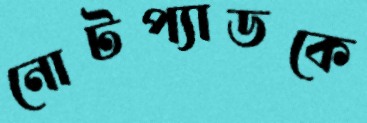
নোটপ্যাডকে